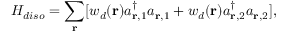
H _ { d i s o } = \sum _ { \bf r } [ w _ { d } ( { \bf r } ) a _ { { \bf r } , 1 } ^ { \dagger } a _ { { \bf r } , 1 } + w _ { d } ( { \bf r } ) a _ { { \bf r } , 2 } ^ { \dagger } a _ { { \bf r } , 2 } ] ,